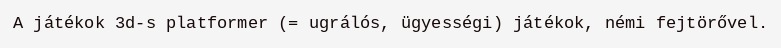
A játékok 3d-s platformer (= ugrálós, ügyességi) játékok, némi fejtörővel.